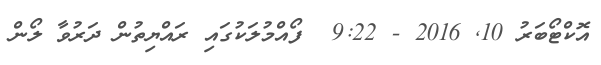
އޮކްޓޯބަރު 10